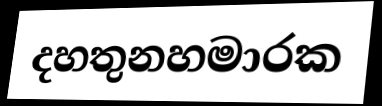
දහතුනහමාරක